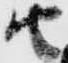
由